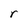
Character: r